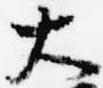
大